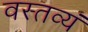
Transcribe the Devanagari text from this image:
वस्तव्यं